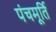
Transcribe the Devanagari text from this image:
पंचमूर्ति